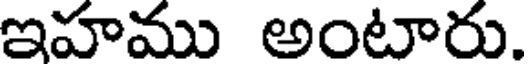
ఇహము అంటారు.